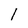
Character: 1